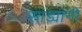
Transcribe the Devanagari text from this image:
साड्यांनी